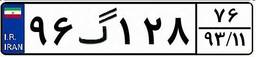
۹۶گ۱۲۸۷۶